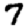
Digit: 7